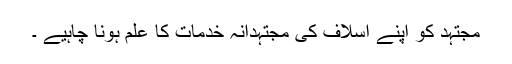
مجتہد کو اپنے اسلاف کی مجتہدانہ خدمات کا علم ہونا چاہیے ۔